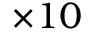
\times 1 0